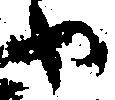
や